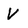
Character: V